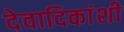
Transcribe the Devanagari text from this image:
देवादिकांशी